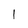
Character: 1